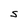
Character: S